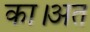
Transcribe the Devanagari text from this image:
का।अत